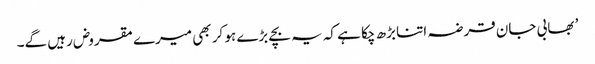
’ بھابی جان قرضہ اتنا بڑھ چکا ہے کہ یہ بچے بڑے ہو کر بھی میرے مقروض رہیں گے۔